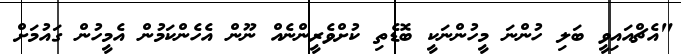
"އެޗްއައިވީ ބަލި ހުންނަ މީހުންނަކީ ބޮޑެތި ކުށްވެރީންނެއް ނޫން އެހެންކަމުން އެމީހުން ގައުމަށް